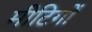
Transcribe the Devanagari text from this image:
मीटिगों